Lunatic asylums Central Provinces reports 1874-1885 - 1874-1885
Year: 1874
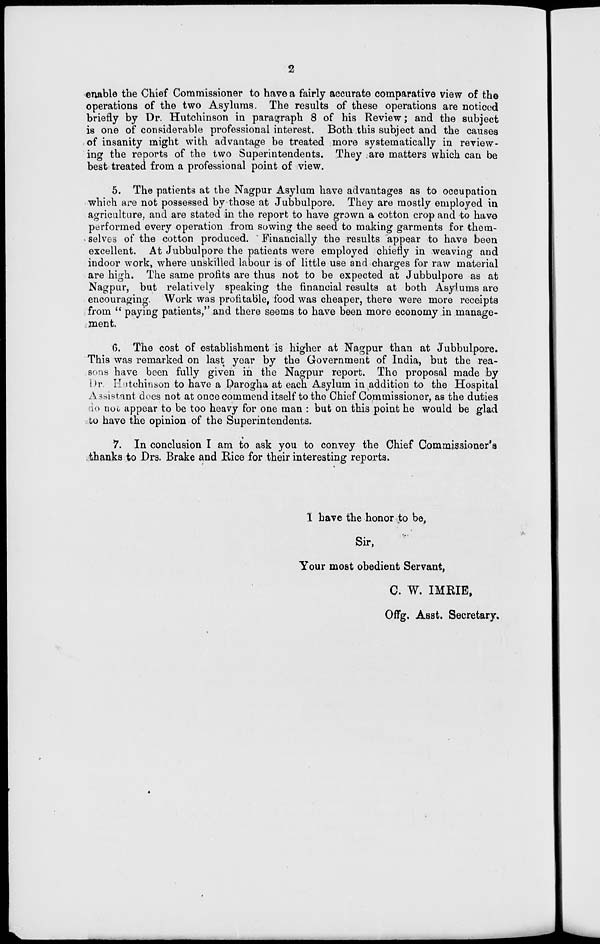
2
enable the Chief Commissioner to have a fairly accurate comparative view of the
operations of the two Asylums. The results of these operations are noticed
briefly by Dr. Hutchinson in paragraph 8 of his Review; and the subject
is one of considerable professional interest. Both this subject and the causes
of insanity might with advantage be treated more systematically in review-
ing the reports of the two Superintendents. They are matters which can be
best treated from a professional point of view.
5. The patients at the Nagpur Asylum have advantages as to occupation
which are not possessed by those at Jubbulpore. They are mostly employed in
agriculture, and are stated in the report to have grown a cotton crop and to have
performed every operation from sowing the seed to making garments for them-
selves of the cotton produced. Financially the results appear to have been
excellent. At Jubbulpore the patients were employed chiefly in weaving and
indoor work, where unskilled labour is of little use and charges for raw material
are high. The same profits are thus not to be expected at Jubbulpore as at
Nagpur, but relatively speaking the financial results at both Asylums are
encouraging. Work was profitable, food was cheaper, there were more receipts
from " paying patients," and there seems to have been more economy in manage-
ment.
6. The cost of establishment is higher at Nagpur than at Jubbulpore.
This was remarked on last year by the Government of India, but the rea-
sons have been fully given in the Nagpur report. The proposal made by
Dr. Hutchinson to have a Darogha at each Asylum in addition to the Hospital
Assistant does not at once commend itself to the Chief Commissioner, as the duties
do not appear to be too heavy for one man : but on this point he would be glad
to have the opinion of the Superintendents.
7. In conclusion I am to ask you to convey the Chief Commissioner's
thanks to Drs. Brake and Rice for their interesting reports.
I have the honor to be,
Sir,
Your most obedient Servant,
C. W. IMRIE,
Offg. Asst. Secretary.